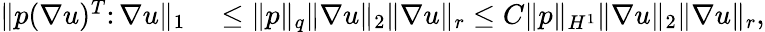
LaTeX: \begin{array}{rl}{\| p(\nabla u)^{T}\colon\nabla u\| _{1}}&{{}\leq\| p\| _{q}\| \nabla u\| _{2}\| \nabla u\| _{r}\leq C\| p\| _{H^{1}}\| \nabla u\| _{2}\| \nabla u\| _{r},}\end{array}